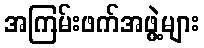
အကြမ်းဖက်အဖွဲ့များ